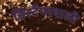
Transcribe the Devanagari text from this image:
डिस्टेंपरवाली